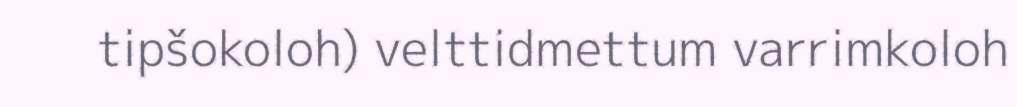
tipšokoloh) velttidmettum varrimkoloh